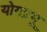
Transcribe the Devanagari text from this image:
योगप्रभू